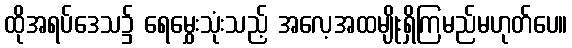
ထိုအရပ်ဒေသ၌ ရေမွှေးသုံးသည့် အလေ့အထမျိုးရှိကြမည်မဟုတ်ပေ။